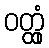
ဝတ္ထုံ